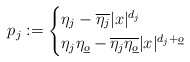
\begin{align*}p_j:=\begin{cases}\eta_j-\overline{\eta_j}|x|^{d_j}\\\eta_j\eta_{\underline o}-\overline{\eta_j} \overline{\eta_{\underline o}}|x|^{d_j+\underline{o}}\\\end{cases}\end{align*}